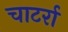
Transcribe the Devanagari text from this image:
चाटर्रा